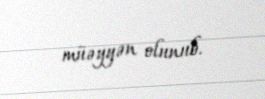
müəyyən olunub.